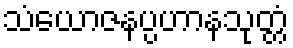
သံယောဇနပ္ပဟာနသုတ္တံ